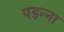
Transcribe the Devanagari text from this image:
पइन्ना